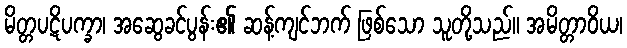
မိတ္တပဋိပက္ခာ၊ အဆွေခင်ပွန်း၏ ဆန့်ကျင်ဘက် ဖြစ်သော သူတို့သည်။ အမိတ္တာဝိယ၊